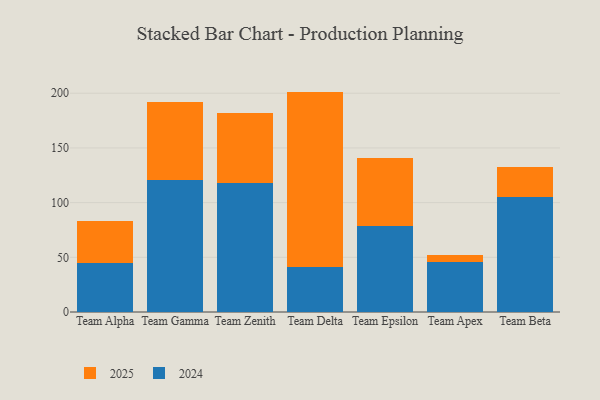
{"axis": {"x": "Team", "y": "Market Share (%)"}, "legend": ["2024", "2025"], "data": [{"x": "Team Alpha", "y": 44.8, "type": "2024"}, {"x": "Team Alpha", "y": 38.2, "type": "2025"}, {"x": "Team Gamma", "y": 120.8, "type": "2024"}, {"x": "Team Gamma", "y": 71.6, "type": "2025"}, {"x": "Team Zenith", "y": 117.6, "type": "2024"}, {"x": "Team Zenith", "y": 64.3, "type": "2025"}, {"x": "Team Delta", "y": 41.0, "type": "2024"}, {"x": "Team Delta", "y": 160.5, "type": "2025"}, {"x": "Team Epsilon", "y": 78.5, "type": "2024"}, {"x": "Team Epsilon", "y": 62.7, "type": "2025"}, {"x": "Team Apex", "y": 46.1, "type": "2024"}, {"x": "Team Apex", "y": 5.8, "type": "2025"}, {"x": "Team Beta", "y": 105.1, "type": "2024"}, {"x": "Team Beta", "y": 27.6, "type": "2025"}]}